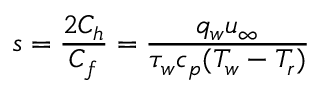
s = \frac { 2 C _ { h } } { C _ { f } } = \frac { q _ { w } u _ { \infty } } { \tau _ { w } c _ { p } ( T _ { w } - T _ { r } ) }